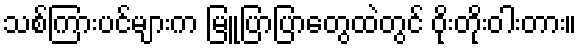
သစ်ကြားပင်များက မြူပြာပြာတွေထဲတွင် ဝိုးတိုးဝါးတား။